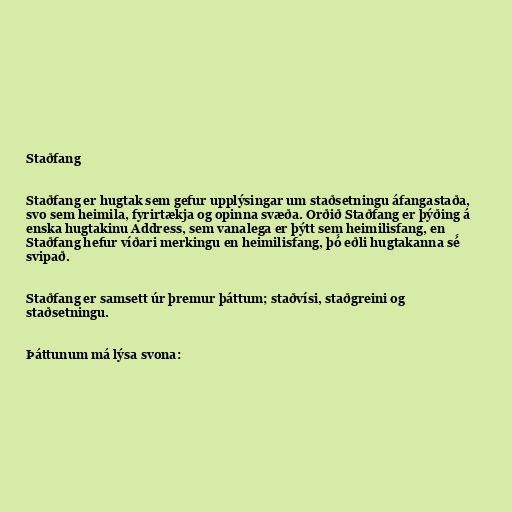
Staðfang

Staðfang er hugtak sem gefur upplýsingar um staðsetningu áfangastaða,
svo sem heimila, fyrirtækja og opinna svæða. Orðið Staðfang er þýðing á
enska hugtakinu Address, sem vanalega er þýtt sem heimilisfang, en
Staðfang hefur víðari merkingu en heimilisfang, þó́ eðli hugtakanna sé́
svipað.

Staðfang er samsett úr þremur þáttum; staðvísi, staðgreini og
staðsetningu.

Þáttunum má lýsa svona: